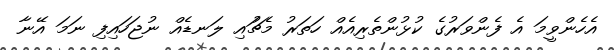
އެހެންވީމަ އެ ފެންވަރުގެ ކުޅުންތެރިއެއް ހަތަރު މެޗުައި ލަނޑެއް ނުޖަހައިފި ނަމަ އޭނާ